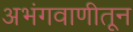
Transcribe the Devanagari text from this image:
अभंगवाणीतून